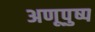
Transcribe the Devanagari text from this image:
अणूपुष्प